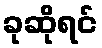
ခုဆိုရင်